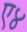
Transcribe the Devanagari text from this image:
ए४